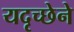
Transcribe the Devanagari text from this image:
यदृच्छेने